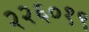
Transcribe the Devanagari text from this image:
२२६०१९